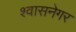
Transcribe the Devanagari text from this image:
श्वासनेगर